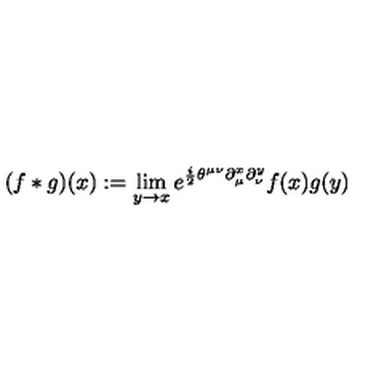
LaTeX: ( f * g ) ( x ) : = \lim _ { y \rightarrow x } e ^ { \frac { i } { 2 } \theta ^ { \mu \nu } \partial _ { \mu } ^ { x } \partial _ { \nu } ^ { y } } f ( x ) g ( y )